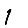
Digit: 1